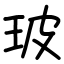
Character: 玻